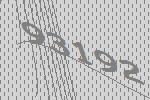
93192